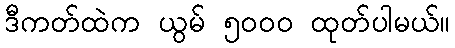
ဒီကတ်ထဲက ယွမ် ၅၀၀၀ ထုတ်ပါမယ်။